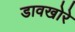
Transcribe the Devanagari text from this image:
डावखोरे